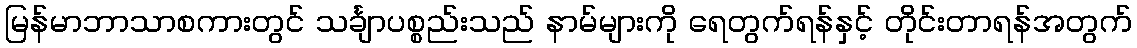
မြန်မာဘာသာစကားတွင် သင်္ချာပစ္စည်းသည် နာမ်များကို ရေတွက်ရန်နှင့် တိုင်းတာရန်အတွက်